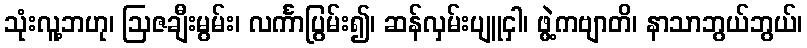
သုံးလူ့ဘဟု၊ ဩဇချီးမွမ်း၊ လင်္ကာပြွမ်း၍၊ ဆန်လှမ်းပျူငှါ၊ ဖွဲ့ကဗျာတိ၊ နာသာဘွယ်ဘွယ်၊